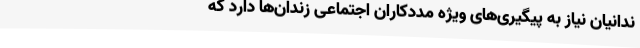
ندانیان نیاز به پیگیری‌های ویژه مددکاران اجتماعی زندان‌ها دارد که